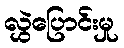
လွှဲပြောင်းမှု